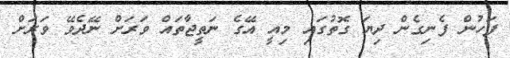
ފަހުން ފެނިގެން ދިޔަ ގޮތުގައި މިއީ އޭގެ ނަތީޖާތައް ވަރަށް ނޭދެވޭ ވަރަށް